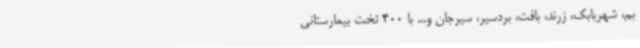
بم، شهربابک، زرند، بافت، بردسیر، سیرجان و... با 400 تخت بیمارستانی